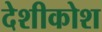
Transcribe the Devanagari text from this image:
देशीकोश